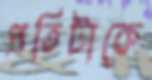
প্রতিটাকে